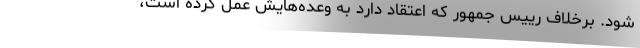
شود. برخلاف رییس جمهور که اعتقاد دارد به وعده‌هایش عمل کرده است،